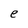
Character: e